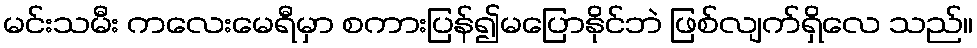
မင်းသမီး ကလေးမေရီမှာ စကားပြန်၍မပြောနိုင်ဘဲ ဖြစ်လျက်ရှိလေ သည်။